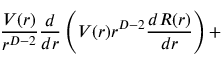
\frac { V ( r ) } { r ^ { D - 2 } } \frac { d } { d r } \left( V ( r ) r ^ { D - 2 } \frac { d R ( r ) } { d r } \right) +